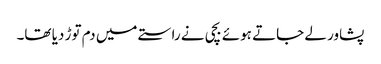
پشاور لے جاتے ہوئے بچی نے راستے میں دم توڑ دیا تھا۔